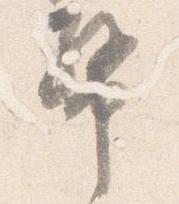
幣